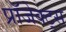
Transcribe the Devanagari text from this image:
प्रॉजेक्ट्स